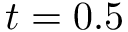
t = 0 . 5